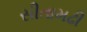
સીતામઢી